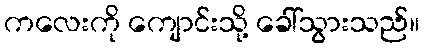
ကလေးကို ကျောင်းသို့ ခေါ်သွားသည်။